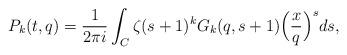
LaTeX: \begin{align*} P_k(t,q) = \frac{1}{2 \pi i} \int_{C} \zeta(s+1)^k G_{k}(q,s+1) \Big( \frac{x}{q} \Big)^s ds,\end{align*}